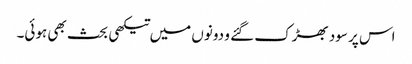
اس پر سود بھڑک گئے و دونوں میں تیکھی بحث بھی ہوئی۔